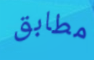
مطابق